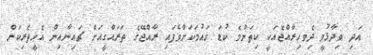
އަދި ވިދާޅުވީ ދިެވހިރާއްޖެއަކީ ކިތަންމެ ކުޑަ ގައުމަކަށްވެފައި ރާއްޖޭގެ ތަރައްގީއަށް ޗައިނާއިން އެހީތެރިކަން